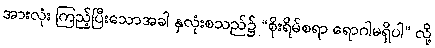
အားလုံး ကြည့်ပြီးသောအခါ နှလုံးစသည်၌ “စိုးရိမ်စရာ ရောဂါမရှိပါ” လို့